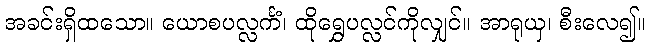
အခင်းရှိထသော။ ယောစပလ္လင်္ကံ၊ ထိုရွှေပလ္လင်ကိုလျှင်။ အာရုယှ၊ စီးလေ၍။